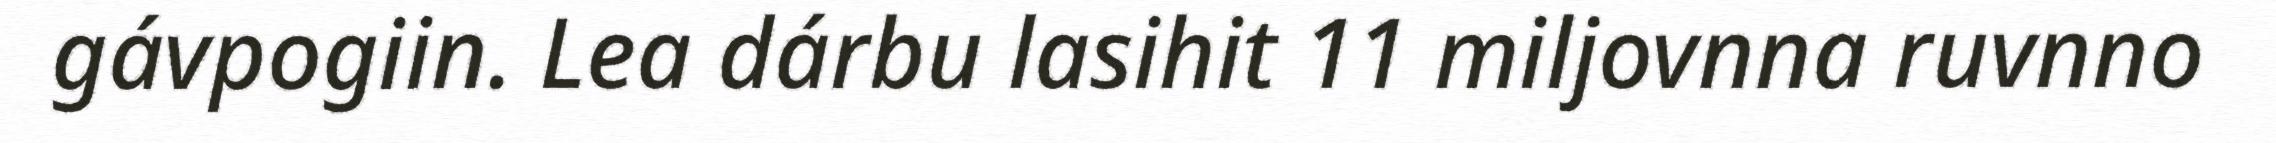
gávpogiin. Lea dárbu lasihit 11 miljovnna ruvnno